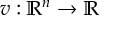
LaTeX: v : \mathbb { R } ^ { n } \to \mathbb { R }